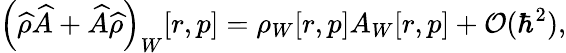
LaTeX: \left(\widehat{\rho}\widehat{A}+\widehat{A}\widehat{\rho}\right)_{W}[r,p]=\rho_{W}[r,p]A_{W}[r,p]+\mathcal{O}(\hbar^{2}),